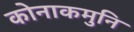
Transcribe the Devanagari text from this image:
कोनाकमुनि